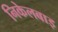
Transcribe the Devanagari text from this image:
निकेलबाइ